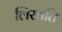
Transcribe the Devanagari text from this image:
लिखति